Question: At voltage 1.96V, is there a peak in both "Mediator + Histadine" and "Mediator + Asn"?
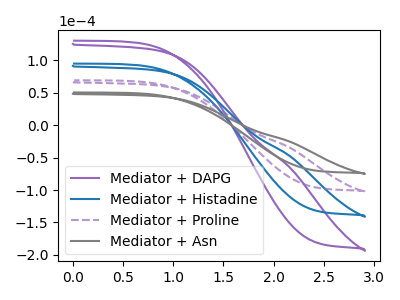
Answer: <think>The purple curve "Mediator + DAPG" has no peaks. The blue curve "Mediator + Histadine" has no peaks. The purple dashed curve "Mediator + Proline" has no peaks. The gray curve "Mediator + Asn" has no peaks.</think>
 <answer>No, "Mediator + Histadine" and "Mediator + Asn" dont share a peak at 1.96V.</answer>
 <eval>mismatch</eval>